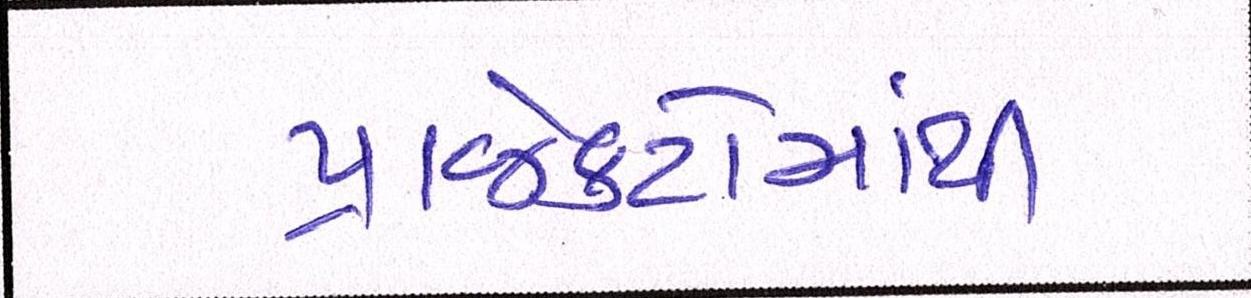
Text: પ્રોજેક્ટોમાંથી